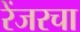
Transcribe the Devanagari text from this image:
रेंजरचा